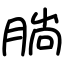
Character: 𣎃